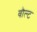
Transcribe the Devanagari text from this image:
वौल्ट